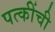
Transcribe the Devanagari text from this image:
पत्कींची